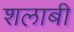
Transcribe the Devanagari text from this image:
शलाबी